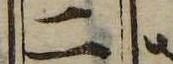
二